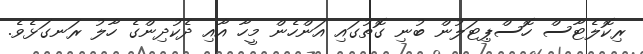
ރިކޮލެޓާސް ހޮސްޕިޓަލުން ބުނި ގޮތުގައި އަންހެން މީހާ އާއި ދެކުދިންގެ ހާލު ރަނގަޅެވެ.